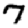
Digit: 7